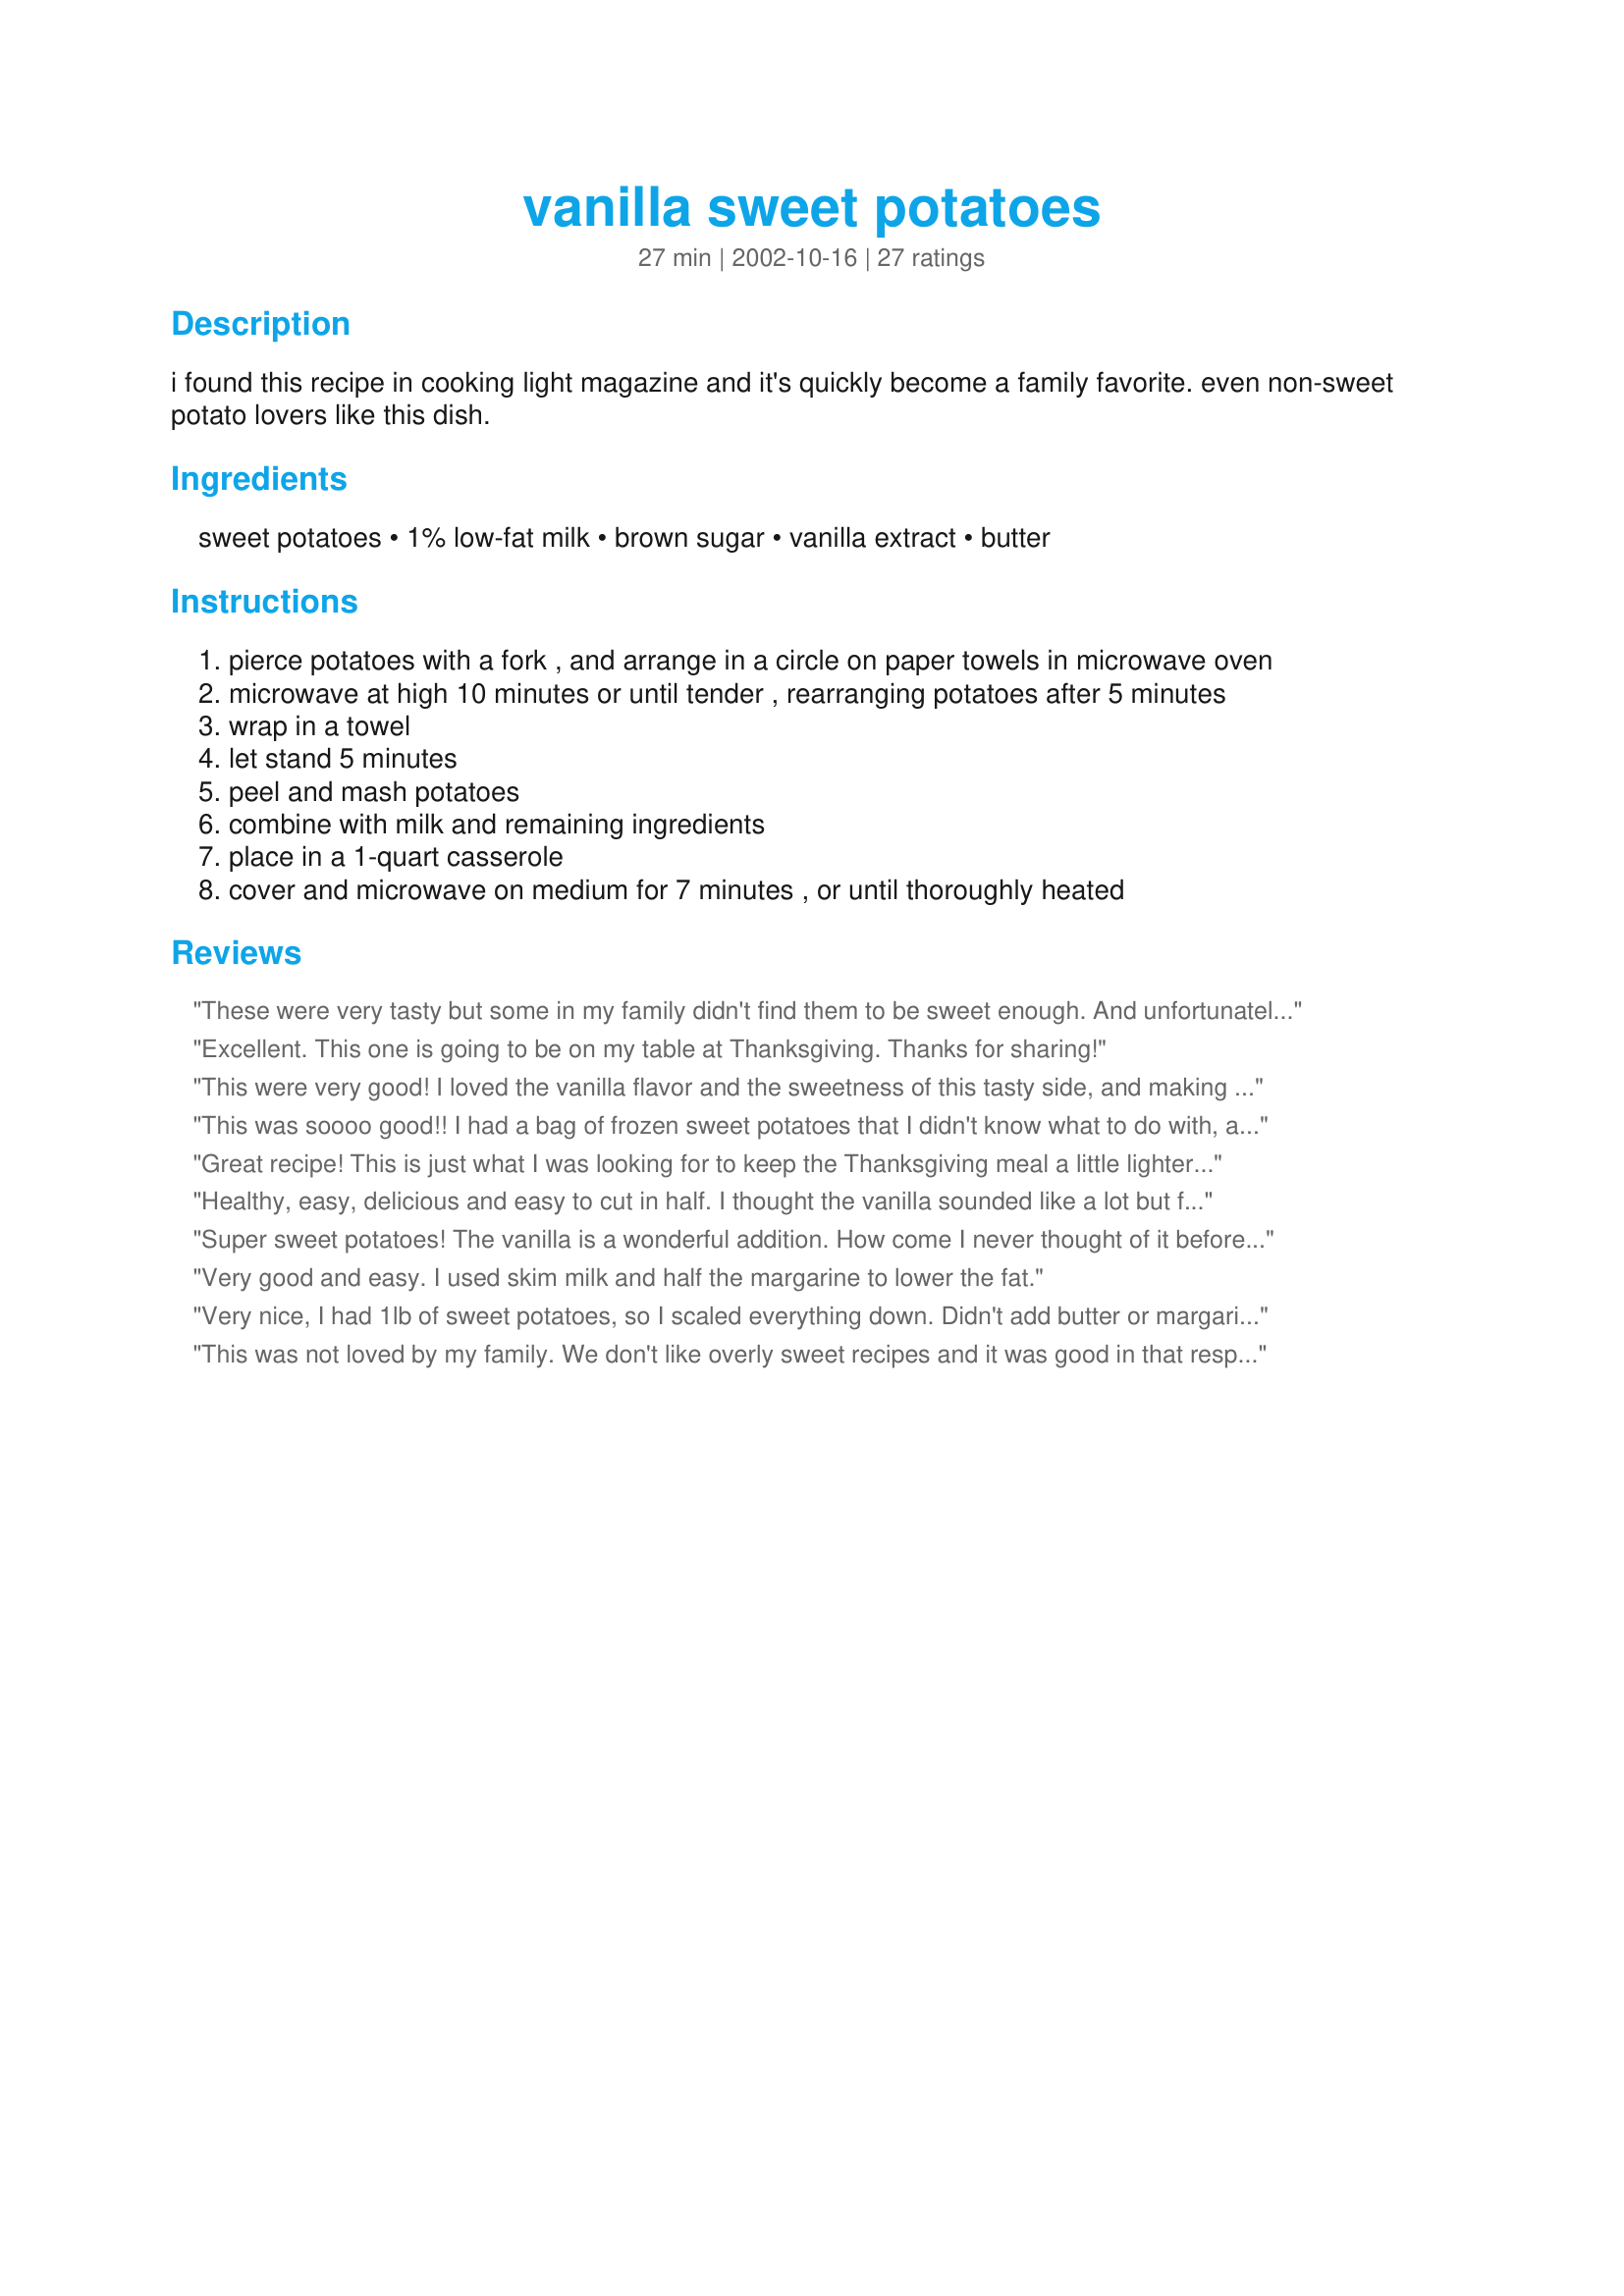
vanilla sweet potatoes
Preparation time: 27 minutes

i found this recipe in cooking light magazine and it's quickly become a family favorite. even non-sweet potato lovers like this dish.

Ingredients:
sweet potatoes, 1% low-fat milk, brown sugar, vanilla extract, butter

Steps:
pierce potatoes with a fork , and arrange in a circle on paper towels in microwave oven
microwave at high 10 minutes or until tender , rearranging potatoes after 5 minutes
wrap in a towel
let stand 5 minutes
peel and mash potatoes
combine with milk and remaining ingredients
place in a 1-quart casserole
cover and microwave on medium for 7 minutes , or until thoroughly heated

Reviews:
These were very tasty but some in my family didn't find them to be sweet enough. And unfortunately those that didn't generally like sweet potatos didn't like these either. On the other hand, the sweet potato lovers in my family that actually like the taste of sweet potato instead of sugary sweet potato,like myself, loved this dish.
Excellent. This one is going to be on my table at Thanksgiving. Thanks for sharing!
This were very good! I loved the vanilla flavor and the sweetness of this tasty side, and making it in the microwave freed up my oven for other things! Though the potatoes were a bit wet, as other reviewers have stated, I didn't find that they were excessively so - it didn't bother us at all.
This was soooo good!! I had a bag of frozen sweet potatoes that I didn't know what to do with, and following this recipe, they were superb! It's hard to believe that this is light because it tastes like dessert. Since I already had the oven heated to 325 F for a different dish, I stuck this in there for about 20 minutes instead of microwaving. Thanks for posting!
Great recipe! This is just what I was looking for to keep the Thanksgiving meal a little lighter this year. Has the same great flavor as the more fattening versions, but you don't feel all the guilt. Thanks for posting. I also posted a picture.
Healthy, easy, delicious and easy to cut in half. I thought the vanilla sounded like a lot but found it to be the perfect amount of flavoring. I served these along side Recipe #91429 and there was a great balance of tangy/sweet flavors.
Super sweet potatoes! The vanilla is a wonderful addition. How come I never thought of it before?! I used butter buds sprinkles instead of the butter and it turned out perfectly.
Very good and easy. I used skim milk and half the margarine to lower the fat.
Very nice, I had 1lb of sweet potatoes, so I scaled everything down. Didn't add butter or margarine, they were great without!!!!
Thanx for a quick and easy recipe!
This was not loved by my family. We don't like overly sweet recipes and it was good in that respect. Way too much vanilla, I could actually taste the alcohol after baking. It needed salt and maybe some nutmeg?
This was soooooo good! It reminded my mother and me of a sweet potato pone recipe she made years ago, which used a lot of heavy cream. She never made the recipe again because of that, and then lost the recipe. This is certainly a healthy version and soooo easy. I think the vanilla is what makes it taste like it has the extra creaminess. Thank you so much for posting, this is definitely a keeper.
I enjoyed this recipe. I can find canned mashed sweet potatoes here in 1 lb cans. I just microwaved the mashed sweet potatoes until hot and added half the other ingredients as directed.
After a couple more minutes in the microwave (on high), it was great! Very good, easy, and healthy. Thanks for posting.
I thought this dish was too wet, and a bit too sweet. I had to bake my potatoes because I don't have a microwave, but my friend followed the microwave instructions and also said they were too wet (plus he said they made a mess in the microwave). If your butter is not salted they'll need salt as well. If I was to make these again, I'd use only 1/4 cup milk, 2 Tbs. sugar, and would add some orange zest or spices for flavor, as well as salt.
These were really great and much lower in calories and fat than most sweet potato recipes I found for this holiday season. They are definately in my "favorites". Thanks
These potatoes were super-fantastic. I have never thought to add vanilla extract to sweet potatoes. The flavor was wonderful. This a new favorite for me. Thanks so much.
My kids and I love sweet potatoes. But most sweet potato casseroles are sugary and dessert-like. This was very good and a refreshing change from what I am used to. The vanilla flavor was nice and the texture was smooth and creamy. I love that this is made in the microwave--so quick and easy. Thanks for posting this recipe.
Great tasting and easy to prepare. Even those who don't like sweet potatoes seem to enjoy these.
Hey, this was nice and different! You really have to use all that vanilla to aquire the flavor, though. I only used 1/4 cup milk, any more would have made it too runny. Used only 3 tbs sugar, but added salt. That is just about how we liked it. Also, I boiled the potatoes in water and reheated in oven.
YUMMY!! These sweet potatoes were quick and easy. RJ loves them and now I have another way to prepare his favorite potato. Thanks so much for sharing southerncook, I will be making these often. 
Tweeky a.k.a. Judi
I halved this recipe and used 1 16oz can of drained sweet potatoes. Also, since I had the oven on anyway, I didn't use the microwave. I baked them at 325F for about 20 minutes. My husband who's not a big fan of sweet potatoes was surprised that he actually liked this! Thanks for such an easy recipe!
These really are wonderful - the vanilla adds a terrific smoothness, and you don't feel like you're eating 3 million calories, like typical sweet potato dishes (and you're not!) Very easy to put together, and the perfect recipe when you don't want your sweet potatoes all dressed up!
This was good but a little too sweet for my taste. I cut the milk to 1/4 C. as other reviewers mentioned and the consistency was perfect. If I make it again I think I'll cut back on the sugar a little.
These were great! They were SO easy (and fast) to make, and the sweetness was just right. I liked the light vanilla flavor as opposed to the super-sweetness of candied sweet potatoes. Plus, they're so quicka nd easy you can make them as a side dish for any meal. Thanks!
This is a fantastic lighter version of a sweet potato casserole. The vanilla was potent, but really a tasty pairing. (I baked mine while the turkey finished, about 30 mins at 325, and they were yummy. I did start them in the microwave just as the directions stated & that was a clever alternative to boiling to preserve the nutritional value.)
These were really good. I had a craving for sweet potatoes late one night and came on Zaar looking for recipes and found this one. I'm glad I did! It was really easy and tasty. I did exactly what the recipe said, but found them a little too thin for my taste. I'll lessen the milk next time and maybe add a little of cinnamon for a little flavor kick. I'll definitely make these again. Recipe's a keeper, thanks for sharing!
To be fair, I can't rate this with stars because my hubby and I don't like mashed sweet potatoes anyway. But I thought this sounded different enough to try. The finished product smelled good! But even though it did taste like vanilla and wasn't too sweet, we still didn't care for it.
Very tasty and very easy! I used a lowfat vanilla soy milk instead of 1% and splenda brown sugar blend in place of regular brown sugar, but it still turned out great! I'll definitely be making this again!
